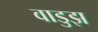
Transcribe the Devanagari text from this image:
वाडुझ